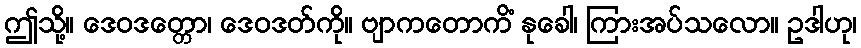
ဤသို့။ ဒေဝဒတ္တော၊ ဒေဝဒတ်ကို။ ဗျာကတောကိံ နုခေါ၊ ကြားအပ်သလော။ ဥဒါဟု၊